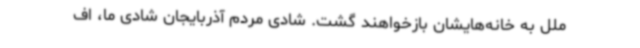
ملل به خانه‌هایشان بازخواهند گشت. شادی مردم آذربایجان شادی ما، اف